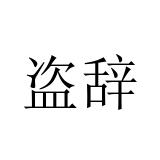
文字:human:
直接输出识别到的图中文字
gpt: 盗辞